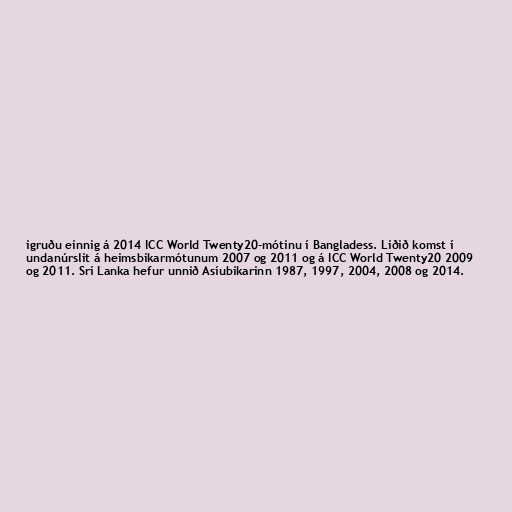
igruðu einnig á 2014 ICC World Twenty20-mótinu í Bangladess. Liðið komst í
undanúrslit á heimsbikarmótunum 2007 og 2011 og á ICC World Twenty20 2009
og 2011. Srí Lanka hefur unnið Asíubikarinn 1987, 1997, 2004, 2008 og 2014.